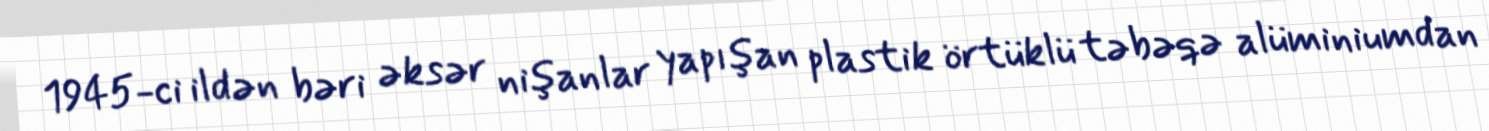
1945-ci ildən bəri əksər nişanlar yapışan plastik örtüklü təbəqə alüminiumdan